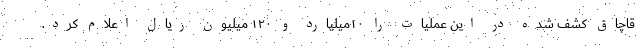
قاچاق کشف شده در این عملیات را ۱۰میلیارد و ۱۲۰ میلیون ریال اعلام کرد.